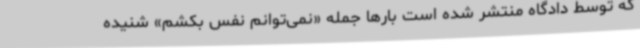
که توسط دادگاه منتشر شده است بارها جمله «نمی‌توانم نفس بکشم» شنیده